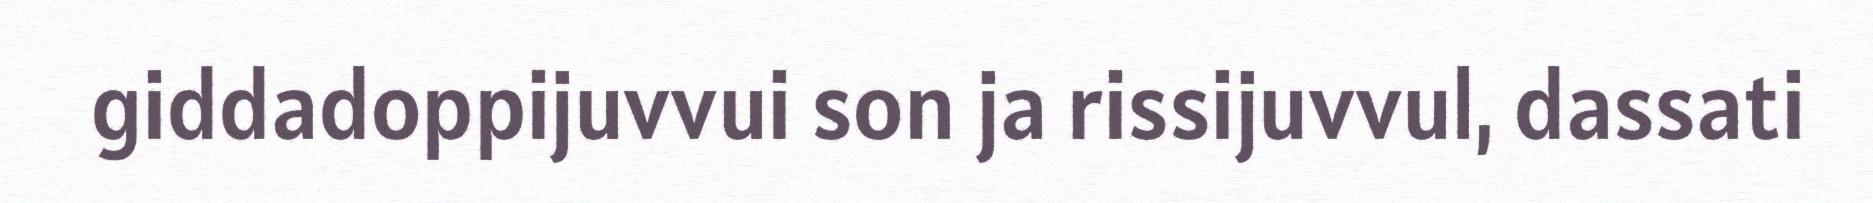
giddadoppijuvvui son ja rissijuvvul, dassati